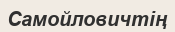
Самойловичтің